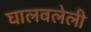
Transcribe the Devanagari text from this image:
घालवलेली